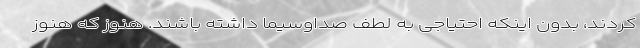
کردند، بدون اینکه احتیاجی به لطف صداوسیما داشته باشند. هنوز که هنوز